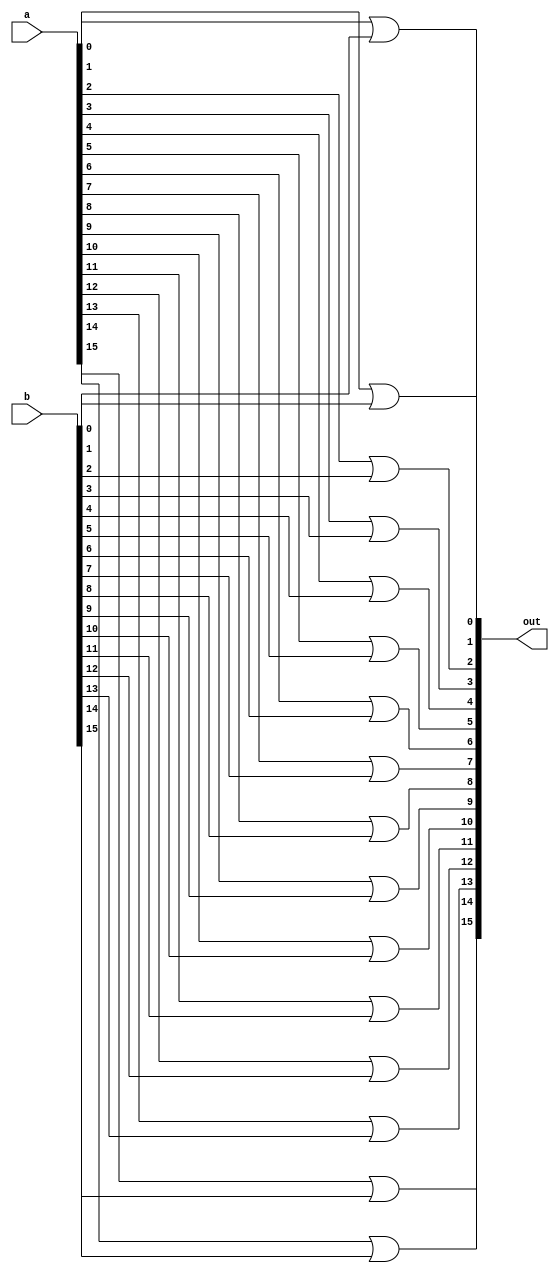
/* mdulo Or16 */

`ifndef _Or16_
`define _Or16_

module Or16(out, a, b);
    input [15:0] a, b ;
    output [15:0] out ;

    // Descrio de conexes internas do mdulo
    or or0(out[0], a[0], b[0]);
    or or1(out[1], a[1], b[1]);
    or or2(out[2], a[2], b[2]);
    or or3(out[3], a[3], b[3]);
    or or4(out[4], a[4], b[4]);
    or or5(out[5], a[5], b[5]);
    or or6(out[6], a[6], b[6]);
    or or7(out[7], a[7], b[7]);
    or or8(out[8], a[8], b[8]);
    or or9(out[9], a[9], b[9]);
    or or10(out[10], a[10], b[10]);
    or or11(out[11], a[11], b[11]);
    or or12(out[12], a[12], b[12]);
    or or13(out[13], a[13], b[13]);
    or or14(out[14], a[14], b[14]);
    or or15(out[15], a[15], b[15]);
endmodule

`endif